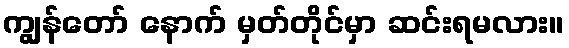
ကျွန်တော် နောက် မှတ်တိုင်မှာ ဆင်းရမလား။